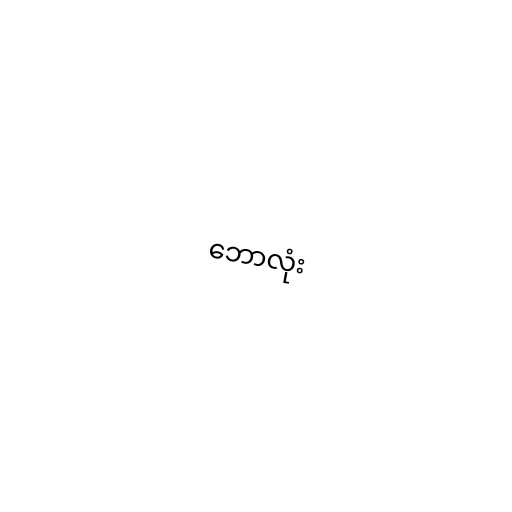
ဘောလုံး